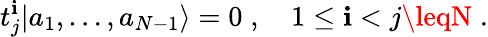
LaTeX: t_{j}^{\mathbf{i}}|a_{1},\ldots,a_{N-1}\rangle=0\; ,\quad1\leq\mathbf{i}<j\leqN\; .